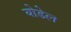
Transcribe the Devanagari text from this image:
योडेल